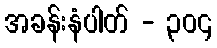
အခန်းနံပါတ် - ၃၀၄